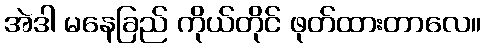
အဲဒါ မနေခြည် ကိုယ်တိုင် ဖုတ်ထားတာလေ။